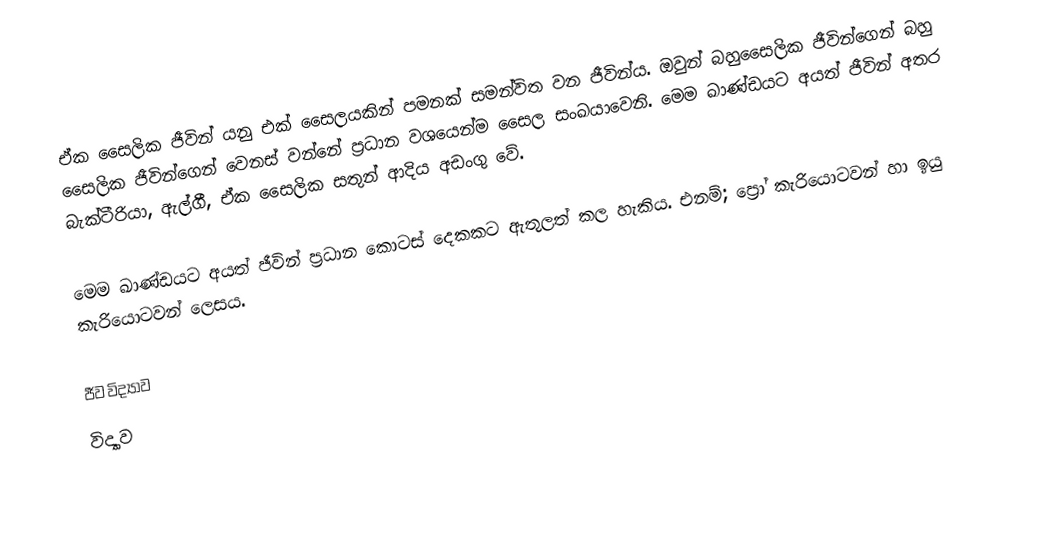
ඒක සෛලික ජීවින් යනු එක් සෛලයකින් පමනක් සමන්විත වන ජීවින්ය. ඔවුන් බහුසෛලික ජීවින්ගෙන් බහු සෛලික ජීවින්ගෙන් වෙනස් වන්නේ ප්‍රධාන වශයෙන්ම සෛල සංඛයාවෙනි.  මෙම ඛාණ්ඩයට අයත් ජීවින් අතර බැක්ටීරියා, ඇල්ගී, ඒක සෛලික සතුන් ආදිය අඩංගු වේ.

මෙම ඛාණ්ඩයට අයත් ජීවින් ප්‍රධාන කොටස් දෙකකට ඇතුලත් කල හැකිය. එනම්; ප්‍රෝ කැරියොටවන් හා ඉයු කැරියොටවන් ලෙසය.

ජීව විද්‍යාව
විද්‍යාව